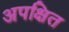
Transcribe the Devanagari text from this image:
अपक्षित